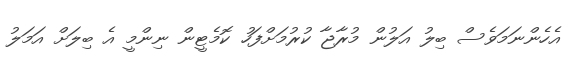
އެހެންނަމަވެސް ބިލު އަލުން މުރާޖާ ކުރުމަށްފަހު ކޮމެޓީން ނިންމީ އެ ބިލަށް އަމަލު